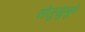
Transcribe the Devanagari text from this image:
सोलुखुम्बुमे